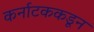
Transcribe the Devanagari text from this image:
कर्नाटककडून